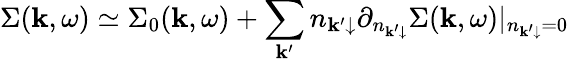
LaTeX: \Sigma(\mathbf k,\omega)\simeq\Sigma_{0}(\mathbf k,\omega)+\sum_{\mathbf k^{\prime}}n_{\mathbf k^{\prime}\downarrow}\partial_{n_{\mathbf k^{\prime}\downarrow}}\Sigma(\mathbf k,\omega)\vert_{n_{\mathbf k^{\prime}\downarrow}=0}